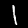
Label: 1